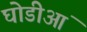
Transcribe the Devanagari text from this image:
घोडीआं